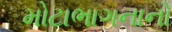
મોટાભાગનાનો